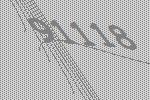
91118